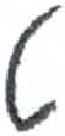
אות: ט